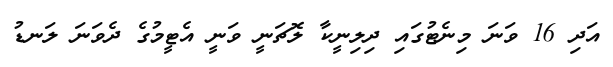
އަދި 16 ވަނަ މިނެޓުގައި ދިލިނީކާ ލޮޗަނީ ވަނީ އެޓީމުގެ ދެވަނަ ލަނޑު